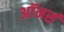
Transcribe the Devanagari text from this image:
अाॅनर्स